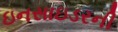
ઇનસાઇડરની